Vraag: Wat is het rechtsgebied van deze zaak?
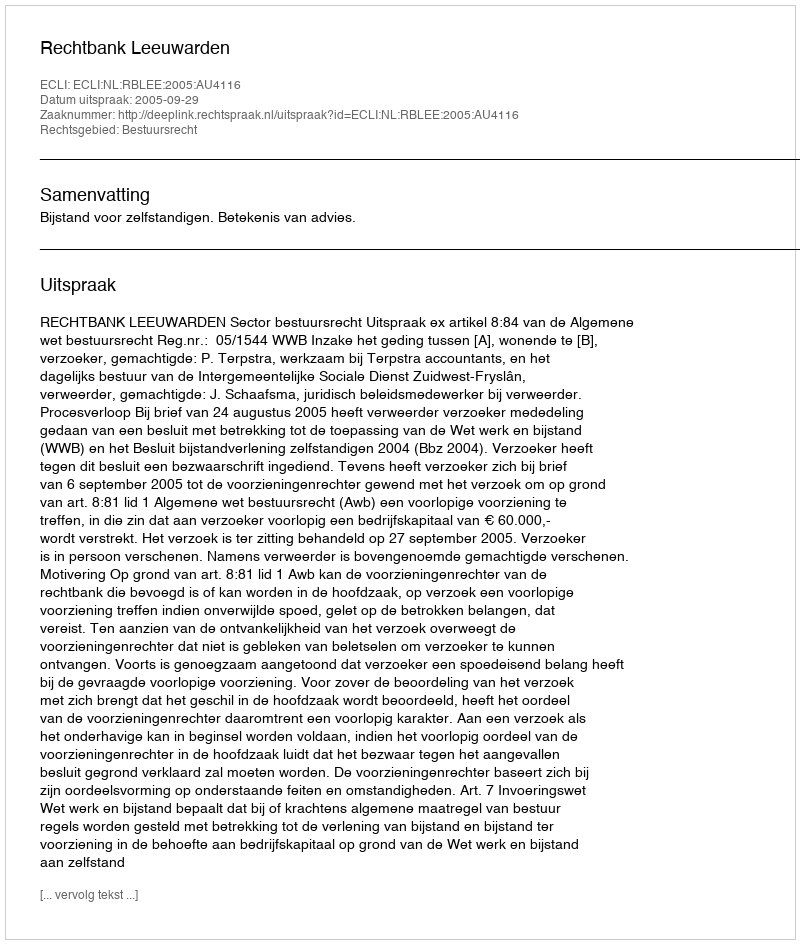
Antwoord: Bestuursrecht